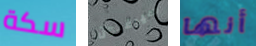
سكة سيرغبون أنها